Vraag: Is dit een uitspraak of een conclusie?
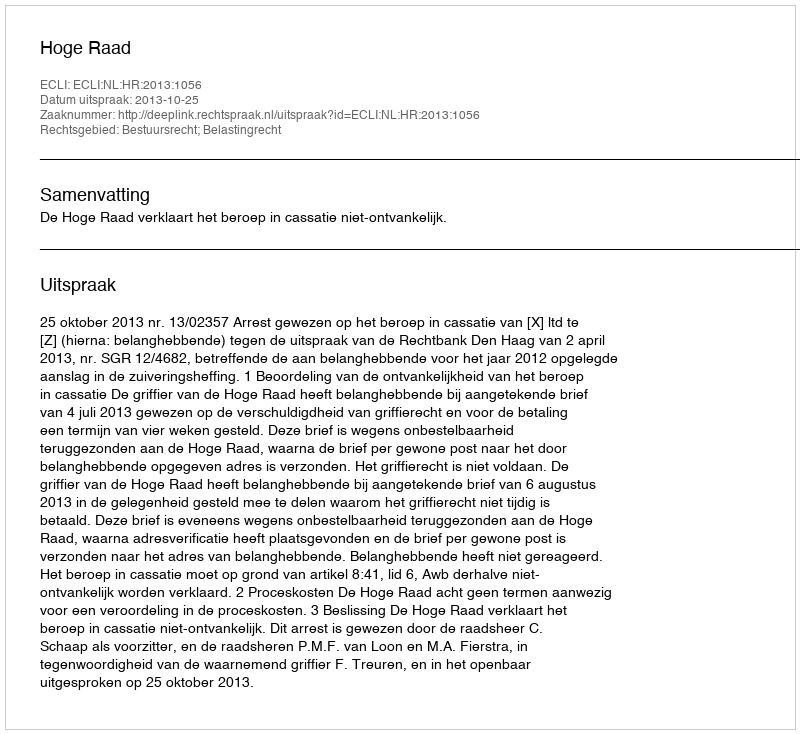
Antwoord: Uitspraak